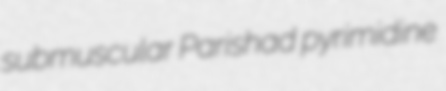
submuscular Parishad pyrimidine